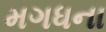
મગધના